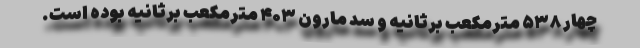
چهار ۵۳۸ مترمکعب برثانیه و سد مارون ۴۰۳ مترمکعب برثانیه بوده است.